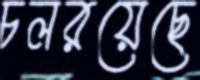
চলরয়েছে